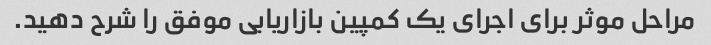
مراحل موثر برای اجرای یک کمپین بازاریابی موفق را شرح دهید.